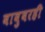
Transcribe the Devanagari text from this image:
बाबुबरही